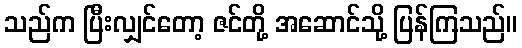
သည်က ပြီးလျှင်တော့ ဇင်တို့ အဆောင်သို့ ပြန်ကြသည်။